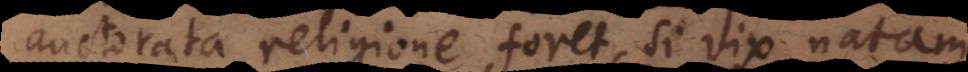
auctorata religione foret, si vix natam